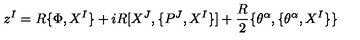
z ^ { I } = R \{ \Phi , X ^ { I } \} + i R [ X ^ { J } , \{ P ^ { J } , X ^ { I } \} ] + \frac { R } { 2 } \{ \theta ^ { \alpha } , \{ \theta ^ { \alpha } , X ^ { I } \} \}